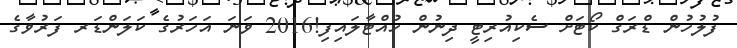
ފުލުހުން ޑްރަގް ކޯޓަށް ސެކިއުރިޓީ ދިނުން ހުއްޓާލައިފި!2016 ވަނަ އަހަރުގެ ކަލަންޑަރ ފަރުވާގެ